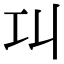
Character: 𢀙